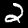
Digit: 2